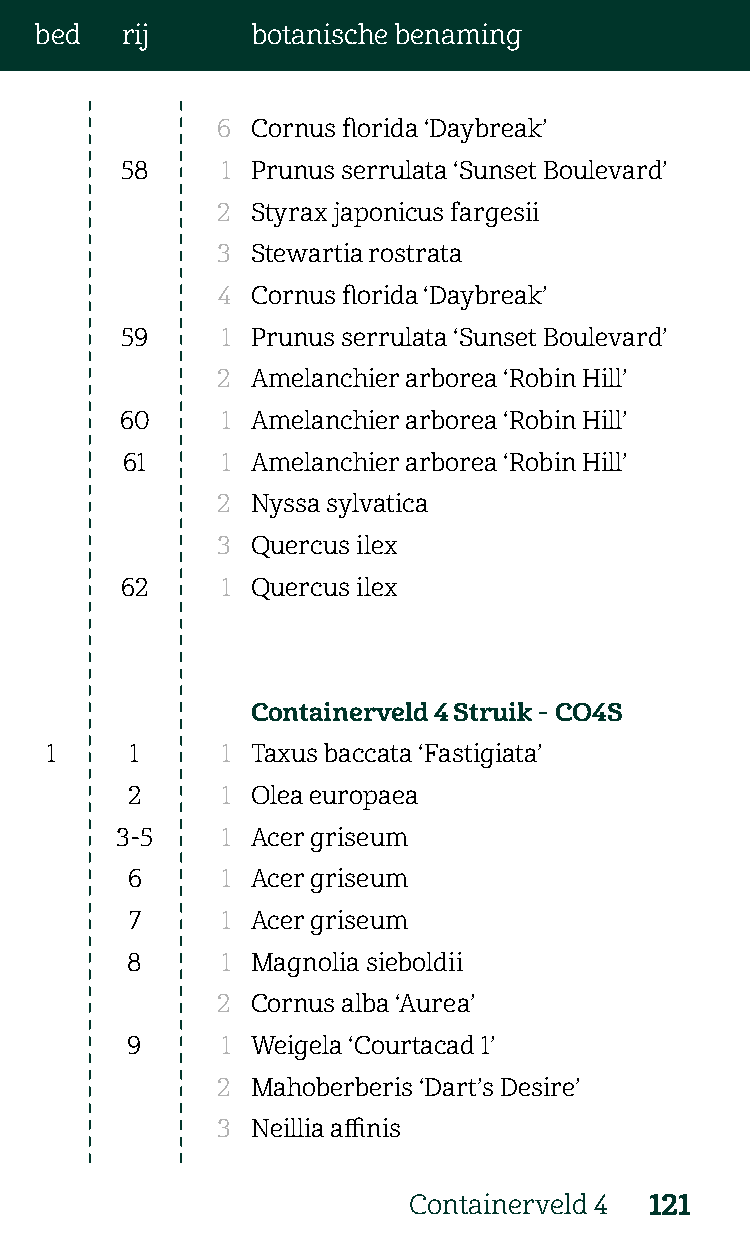
bed   rij      botanische benaming
 6  Cornus florida ‘Daybreak’
 58     1 Prunus serrulata ‘Sunset Boulevard’
 2  Styrax japonicus fargesii
 3  Stewartia rostrata
 4  Cornus florida ‘Daybreak’
 59     1 Prunus serrulata ‘Sunset Boulevard’
 2  Amelanchier arborea ‘Robin Hill’
 60     1 Amelanchier arborea ‘Robin Hill’
 61     1 Amelanchier arborea ‘Robin Hill’
 2  Nyssa sylvatica
 3  Quercus ilex
 62     1 Quercus ilex
 Containerveld 4 Struik - CO4S
 1     1     1 Taxus baccata ‘Fastigiata’
 2      1 Olea europaea
 3-5    1 Acer griseum
 6      1 Acer griseum
 7     1 Acer griseum
 8      1 Magnolia sieboldii
 2  Cornus alba ‘Aurea’
 9      1 Weigela ‘Courtacad 1’
 2  Mahoberberis ‘Dart’s Desire’
 3  Neillia affinis
 Containerveld 4 121